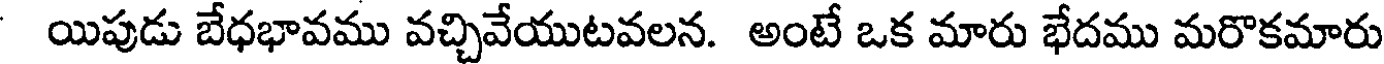
యిపుడు బేధభావము వచ్చివేయుటవలన. అంటే ఒక మారు భేదము మరొకమారు